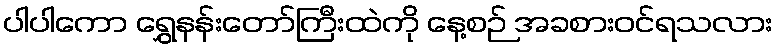
ပါပါကော ရွှေနန်းတော်ကြီးထဲကို နေ့စဉ် အခစားဝင်ရသလား